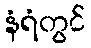
နံရံတွင်